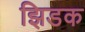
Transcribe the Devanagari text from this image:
झिडक